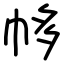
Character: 㡅